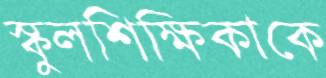
স্কুলশিক্ষিকাকে